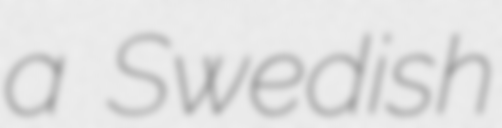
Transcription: a Swedish